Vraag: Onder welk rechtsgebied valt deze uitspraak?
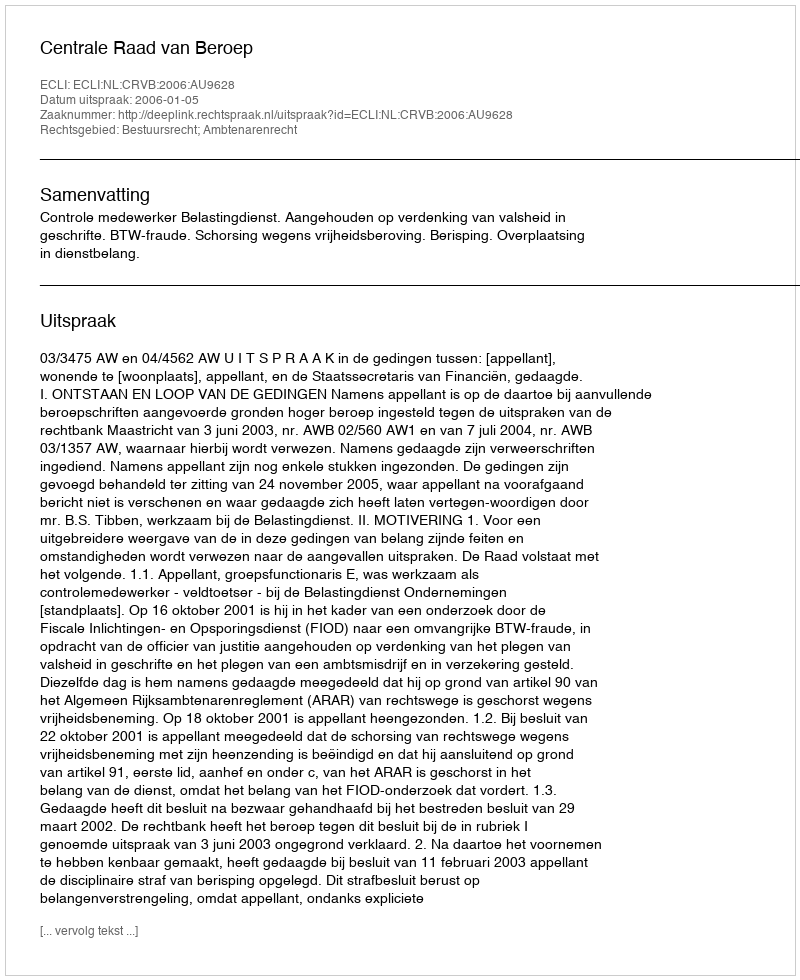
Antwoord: Bestuursrecht; Ambtenarenrecht